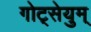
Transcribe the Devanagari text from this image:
गोट्सेयुम्